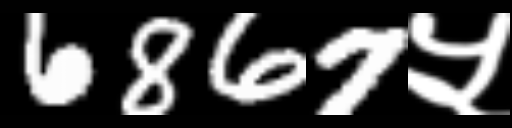
Text: 6867५